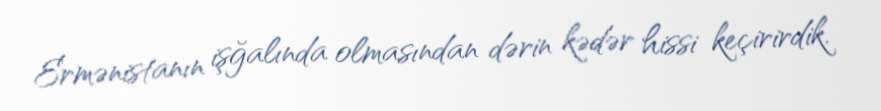
Ermənistanın işğalında olmasından dərin kədər hissi keçirirdik.